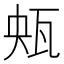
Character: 𤬺